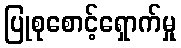
ပြုစုစောင့်ရှောက်မှု